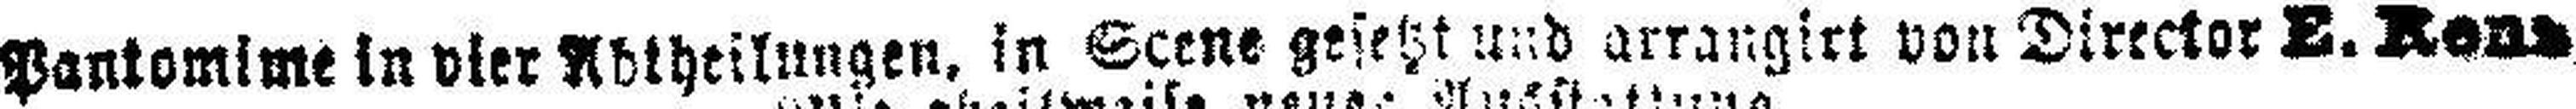
Pantomime in vier Abtheilungen, in Scene gesetzt und arrangirt von Director E. Rens